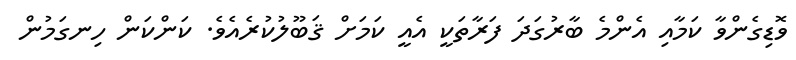
ވޮޑިގެންވާ ކަމާއި އެންމެ ބާރުގަދަ ފަރާތަކީ އެއީ ކަމަށް ޤަބޫލުކުރެއެވެ. ކަންކަން ހިނގަމުން